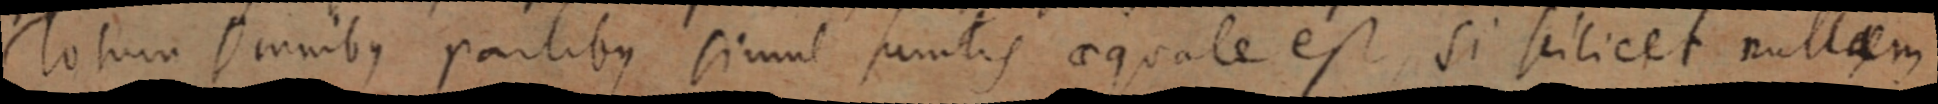
Totum Omnibus parlibus simul sumtis aequale est, si scilicet nullaem